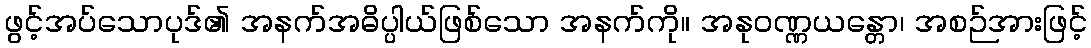
ဖွင့်အပ်သောပုဒ်၏ အနက်အဓိပ္ပါယ်ဖြစ်သော အနက်ကို။ အနုဝဏ္ဏယန္တော၊ အစဉ်အားဖြင့်